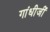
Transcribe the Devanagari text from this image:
गांधीजीं